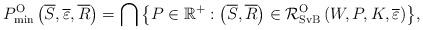
LaTeX: \begin{align*}P_{\min }^{{\rm{O}}}\left( {\overline S ,\overline \varepsilon ,\overline R } \right) = \bigcap {\left\{ {P \in {{\mathbb{R}}^ + }:\left( {\overline S ,\overline R } \right) \in {\mathcal{R}}_{{\rm{SvB}}}^{{\rm{O}}}\left( {W,P,K,\overline \varepsilon } \right)} \right\}},\end{align*}